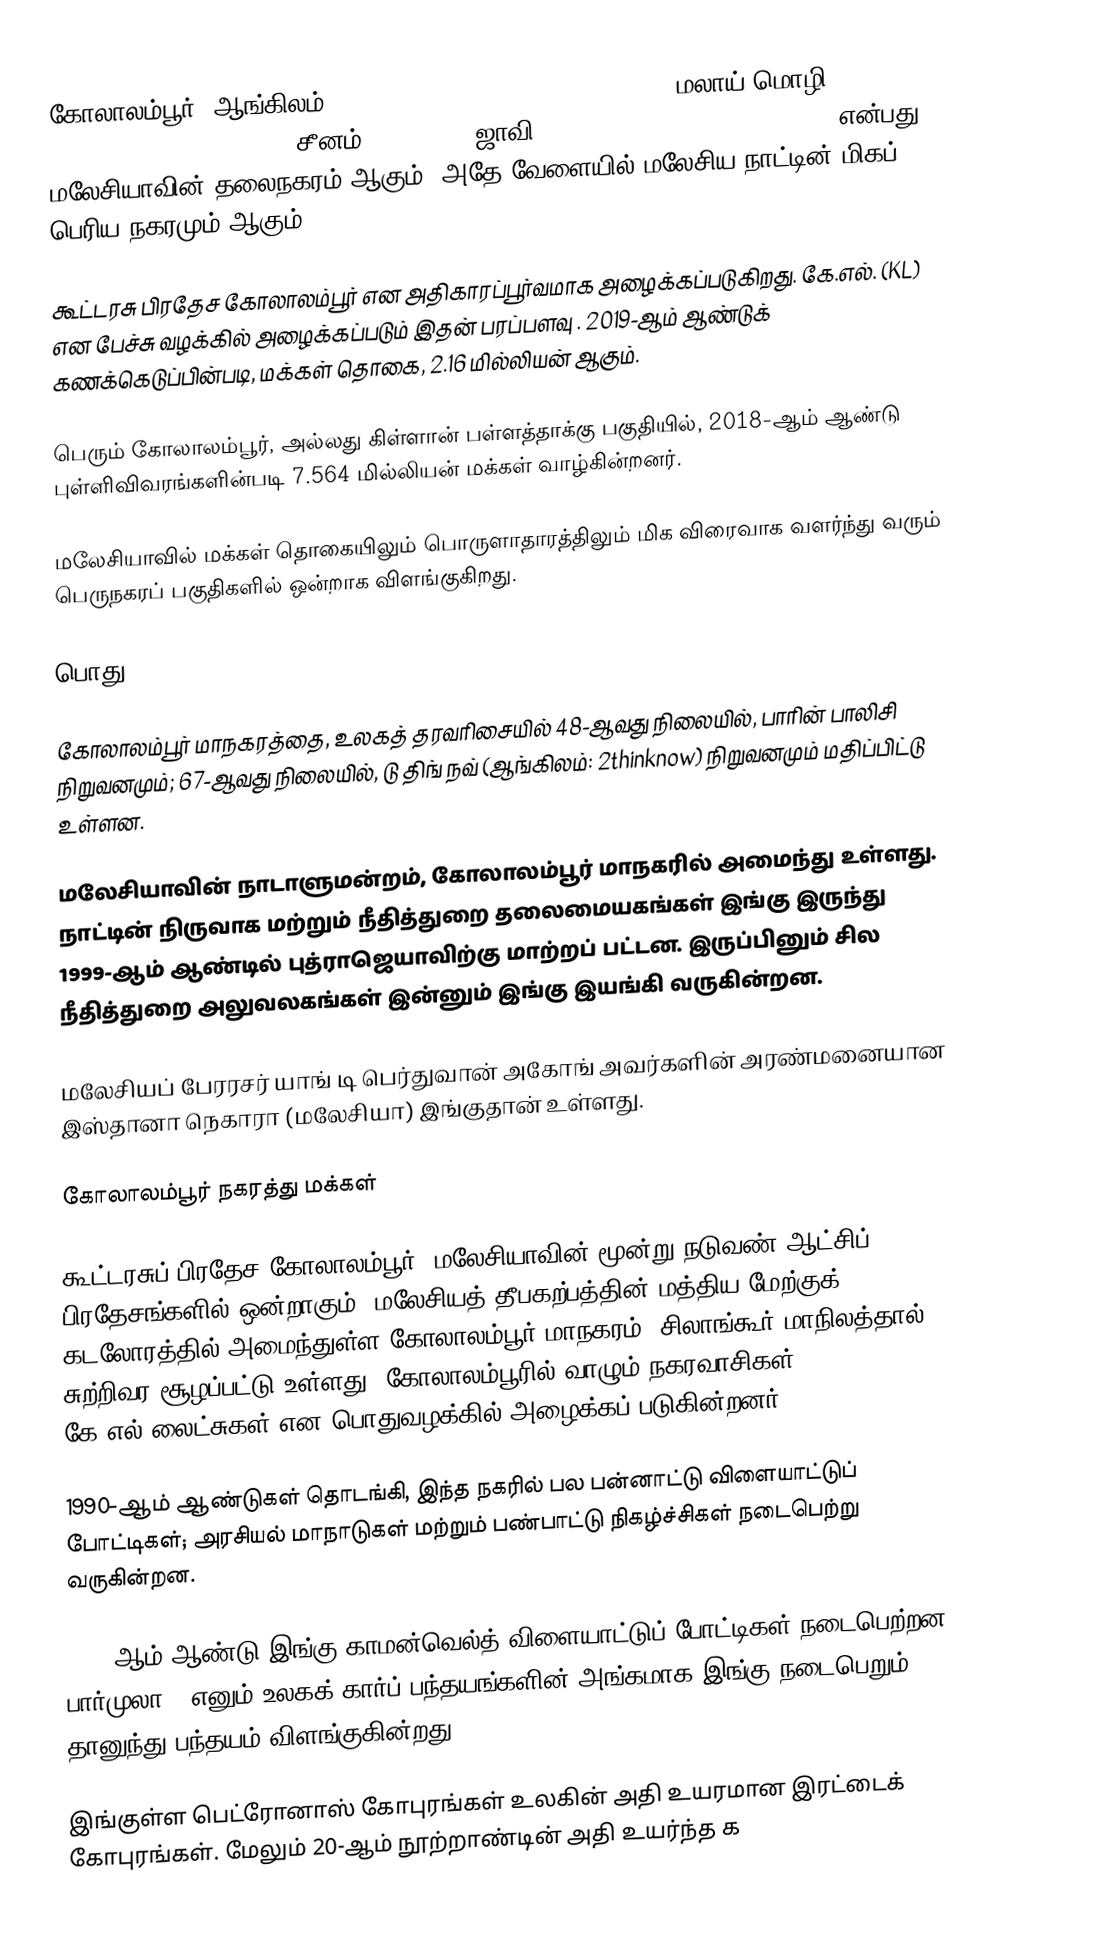
கோலாலம்பூர் (ஆங்கிலம்: Federal Territory of Kuala Lumpur; மலாய் மொழி: Wilayah Persekutuan Kuala Lumpur; சீனம்: 吉隆坡聯邦直轄區; ஜாவி: ولايه ڤرسکوتوان کوالا لومڤور) என்பது மலேசியாவின் தலைநகரம் ஆகும். அதே வேளையில் மலேசிய நாட்டின் மிகப் பெரிய நகரமும் ஆகும்.

கூட்டரசு பிரதேச கோலாலம்பூர் என அதிகாரப்பூர்வமாக அழைக்கப்படுகிறது. கே.எல். (KL) என பேச்சு வழக்கில் அழைக்கப்படும் இதன் பரப்பளவு . 2019-ஆம் ஆண்டுக் கணக்கெடுப்பின்படி, மக்கள் தொகை, 2.16 மில்லியன் ஆகும்.

பெரும் கோலாலம்பூர், அல்லது கிள்ளான் பள்ளத்தாக்கு பகுதியில், 2018-ஆம் ஆண்டு புள்ளிவிவரங்களின்படி 7.564 மில்லியன் மக்கள் வாழ்கின்றனர்.

மலேசியாவில் மக்கள் தொகையிலும் பொருளாதாரத்திலும் மிக விரைவாக வளர்ந்து வரும் பெருநகரப் பகுதிகளில் ஒன்றாக விளங்குகிறது.

பொது

கோலாலம்பூர் மாநகரத்தை, உலகத் தரவரிசையில் 48-ஆவது நிலையில், பாரின் பாலிசி நிறுவனமும்; 67-ஆவது நிலையில், டு திங் நவ் (ஆங்கிலம்: 2thinknow) நிறுவனமும் மதிப்பிட்டு உள்ளன.

மலேசியாவின் நாடாளுமன்றம், கோலாலம்பூர் மாநகரில் அமைந்து உள்ளது. நாட்டின் நிருவாக மற்றும் நீதித்துறை தலைமையகங்கள் இங்கு இருந்து 1999-ஆம் ஆண்டில் புத்ராஜெயாவிற்கு மாற்றப் பட்டன. இருப்பினும் சில நீதித்துறை அலுவலகங்கள் இன்னும் இங்கு இயங்கி வருகின்றன.

மலேசியப் பேரரசர் யாங் டி பெர்துவான் அகோங் அவர்களின் அரண்மனையான இஸ்தானா நெகாரா (மலேசியா) இங்குதான் உள்ளது.

கோலாலம்பூர் நகரத்து மக்கள்

கூட்டரசுப் பிரதேச கோலாலம்பூர், மலேசியாவின் மூன்று நடுவண் ஆட்சிப் பிரதேசங்களில் ஒன்றாகும். மலேசியத் தீபகற்பத்தின் மத்திய மேற்குக் கடலோரத்தில் அமைந்துள்ள கோலாலம்பூர் மாநகரம், சிலாங்கூர் மாநிலத்தால் சுற்றிவர சூழப்பட்டு உள்ளது. கோலாலம்பூரில் வாழும் நகரவாசிகள், கே.எல்.லைட்சுகள் என பொதுவழக்கில் அழைக்கப் படுகின்றனர்.

1990-ஆம் ஆண்டுகள் தொடங்கி, இந்த நகரில் பல பன்னாட்டு விளையாட்டுப் போட்டிகள்; அரசியல் மாநாடுகள் மற்றும் பண்பாட்டு நிகழ்ச்சிகள் நடைபெற்று வருகின்றன.

1998-ஆம் ஆண்டு இங்கு காமன்வெல்த் விளையாட்டுப் போட்டிகள் நடைபெற்றன. பார்முலா 1 எனும் உலகக் கார்ப் பந்தயங்களின் அங்கமாக இங்கு நடைபெறும் தானுந்து பந்தயம் விளங்குகின்றது.

இங்குள்ள பெட்ரோனாஸ் கோபுரங்கள் உலகின் அதி உயரமான இரட்டைக் கோபுரங்கள். மேலும் 20-ஆம் நூற்றாண்டின் அதி உயர்ந்த க